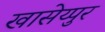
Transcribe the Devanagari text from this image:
खासेय्पुर